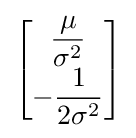
{\begin{bmatrix}{\dfrac {\mu }{\sigma ^{2}}}\\[1ex]-{\dfrac {1}{2\sigma ^{2}}}\end{bmatrix}}